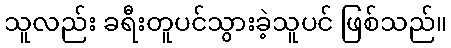
သူလည်း ခရီးတူပင်သွားခဲ့သူပင် ဖြစ်သည်။